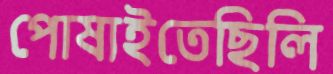
পোষাইতেছিলি